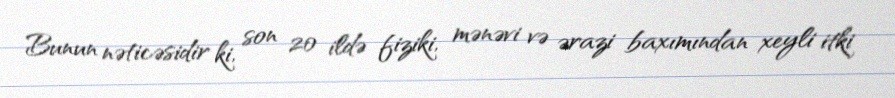
Bunun nəticəsidir ki, son 20 ildə fiziki, mənəvi və ərazi baxımından xeyli itki